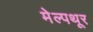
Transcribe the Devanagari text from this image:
मेल्पथूर